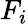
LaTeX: F_{i}